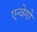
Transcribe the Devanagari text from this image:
एन्वेगो